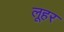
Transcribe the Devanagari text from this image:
लूहर